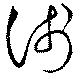
淺